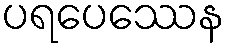
ပရပေဿေန